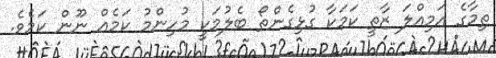
ތިމާގެ އަމިއްލަ ޒާތީ ކަމަކާ ގުޅިގެންތޯ ބެލުމަކީ މުހިންމު ކަމެއް ނޫން ކަމެވެ.